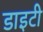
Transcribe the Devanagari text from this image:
डाइटी